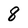
Character: 8